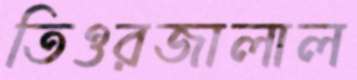
তিওরজালাল